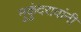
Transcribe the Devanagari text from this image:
मुकुंदरावांनी